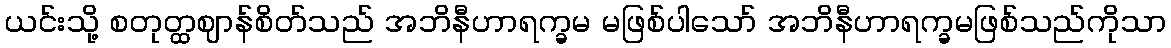
ယင်းသို့ စတုတ္ထဈာန်စိတ်သည် အဘိနီဟာရက္ခမ မဖြစ်ပါသော် အဘိနီဟာရက္ခမဖြစ်သည်ကိုသာ